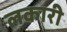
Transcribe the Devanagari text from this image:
लकारी